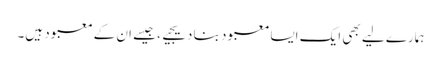
ہمارے لیے بھی ایک ایسا معبود بنا دیجیے، جیسے ان کے معبود ہیں۔